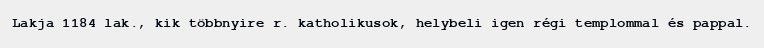
Lakja 1184 lak., kik többnyire r. katholikusok, helybeli igen régi templommal és pappal.